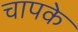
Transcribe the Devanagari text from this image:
चापके